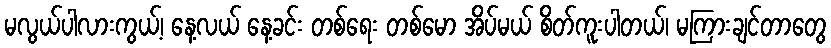
မလွယ်ပါလားကွယ့်၊ နေ့လယ် နေ့ခင်း တစ်ရေး တစ်မော အိပ်မယ် စိတ်ကူးပါတယ်၊ မကြားချင်တာတွေ